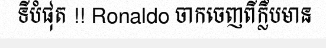
ទីបំផុត !! Ronaldo ចាកចេញពីក្លឹបមាន